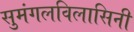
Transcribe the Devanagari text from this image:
सुमंगलविलासिनी